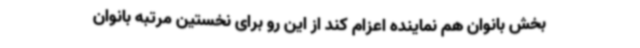
بخش بانوان هم نماینده اعزام کند از این رو برای نخستین مرتبه بانوان